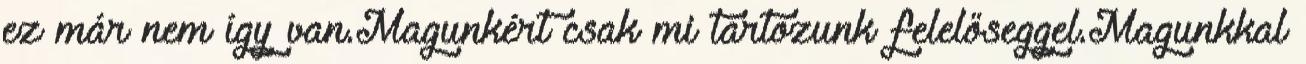
ez már nem így van.Magunkért csak mi tartozunk felelőseggel.Magunkkal